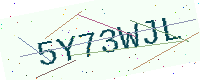
Text: 5Y73WJL